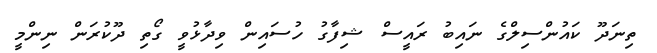
ތިނަދޫ ކައުންސިލްގެ ނައިބު ރައީސް ޝިފާގު ހުސައިން ވިދާޅުވީ ގޯތި ދޫކުރަން ނިންމީ